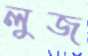
লুজ